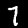
Label: 7